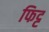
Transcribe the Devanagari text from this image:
फिट्ट